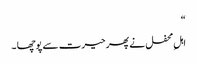
“
اہلِ محفل نے پھر حیرت سے پوچھا ۔